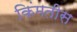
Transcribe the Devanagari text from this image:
किंमतीस